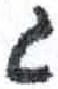
אות: ג